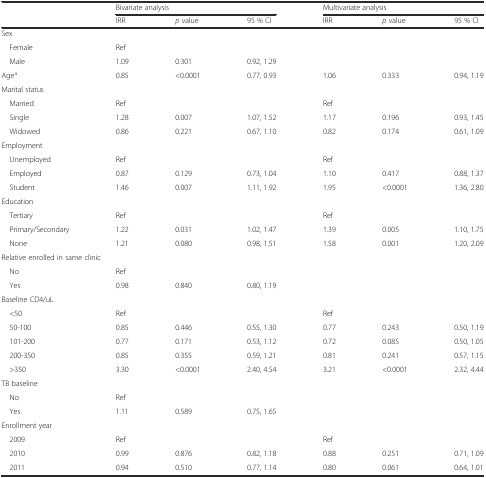
<table><thead><tr><td></td><td colspan="3"><b>Bivariate analysis</b></td><td colspan="3"><b>Multivariate analysis</b></td></tr><tr><td></td><td><b>IRR</b></td><td><b><i>p</i> value</b></td><td><b>95 % CI</b></td><td><b>IRR</b></td><td><b><i>p</i> value</b></td><td><b>95 % CI</b></td></tr></thead><tbody><tr><td colspan="7">Sex</td></tr><tr><td> Female</td><td>Ref</td><td></td><td></td><td></td><td></td><td></td></tr><tr><td> Male</td><td>1.09</td><td>0.301</td><td>0.92, 1.29</td><td></td><td></td><td></td></tr><tr><td>Age<sup>a</sup></td><td>0.85</td><td>&lt;0.0001</td><td>0.77, 0.93</td><td>1.06</td><td>0.333</td><td>0.94, 1.19</td></tr><tr><td colspan="7">Marital status</td></tr><tr><td> Married</td><td>Ref</td><td></td><td></td><td>Ref</td><td></td><td></td></tr><tr><td> Single</td><td>1.28</td><td>0.007</td><td>1.07, 1.52</td><td>1.17</td><td>0.196</td><td>0.93, 1.45</td></tr><tr><td> Widowed</td><td>0.86</td><td>0.221</td><td>0.67, 1.10</td><td>0.82</td><td>0.174</td><td>0.61, 1.09</td></tr><tr><td colspan="7">Employment</td></tr><tr><td> Unemployed</td><td>Ref</td><td></td><td></td><td>Ref</td><td></td><td></td></tr><tr><td> Employed</td><td>0.87</td><td>0.129</td><td>0.73, 1.04</td><td>1.10</td><td>0.417</td><td>0.88, 1.37</td></tr><tr><td> Student</td><td>1.46</td><td>0.007</td><td>1.11, 1.92</td><td>1.95</td><td>&lt;0.0001</td><td>1.36, 2.80</td></tr><tr><td colspan="7">Education</td></tr><tr><td> Tertiary</td><td>Ref</td><td></td><td></td><td>Ref</td><td></td><td></td></tr><tr><td> Primary/Secondary</td><td>1.22</td><td>0.031</td><td>1.02, 1.47</td><td>1.39</td><td>0.005</td><td>1.10, 1.75</td></tr><tr><td> None</td><td>1.21</td><td>0.080</td><td>0.98, 1.51</td><td>1.58</td><td>0.001</td><td>1.20, 2.09</td></tr><tr><td colspan="7">Relative enrolled in same clinic</td></tr><tr><td> No</td><td>Ref</td><td></td><td></td><td></td><td></td><td></td></tr><tr><td> Yes</td><td>0.98</td><td>0.840</td><td>0.80, 1.19</td><td></td><td></td><td></td></tr><tr><td colspan="7">Baseline CD4/uL</td></tr><tr><td> &lt;50</td><td>Ref</td><td></td><td></td><td>Ref</td><td></td><td></td></tr><tr><td> 50-100</td><td>0.85</td><td>0.446</td><td>0.55, 1.30</td><td>0.77</td><td>0.243</td><td>0.50, 1.19</td></tr><tr><td> 101-200</td><td>0.77</td><td>0.171</td><td>0.53, 1.12</td><td>0.72</td><td>0.085</td><td>0.50, 1.05</td></tr><tr><td> 200-350</td><td>0.85</td><td>0.355</td><td>0.59, 1.21</td><td>0.81</td><td>0.241</td><td>0.57, 1.15</td></tr><tr><td> &gt;350</td><td>3.30</td><td>&lt;0.0001</td><td>2.40, 4.54</td><td>3.21</td><td>&lt;0.0001</td><td>2.32, 4.44</td></tr><tr><td colspan="7">TB baseline</td></tr><tr><td> No</td><td>Ref</td><td></td><td></td><td></td><td></td><td></td></tr><tr><td> Yes</td><td>1.11</td><td>0.589</td><td>0.75, 1.65</td><td></td><td></td><td></td></tr><tr><td>Enrollment year</td><td></td><td></td><td></td><td></td><td></td><td></td></tr><tr><td> 2009</td><td>Ref</td><td></td><td></td><td>Ref</td><td></td><td></td></tr><tr><td> 2010</td><td>0.99</td><td>0.876</td><td>0.82, 1.18</td><td>0.88</td><td>0.251</td><td>0.71, 1.09</td></tr><tr><td> 2011</td><td>0.94</td><td>0.510</td><td>0.77, 1.14</td><td>0.80</td><td>0.061</td><td>0.64, 1.01</td></tr></tbody></table>